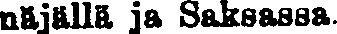
näjällä ja Saksassa.